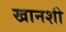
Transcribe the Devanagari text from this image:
खानशी